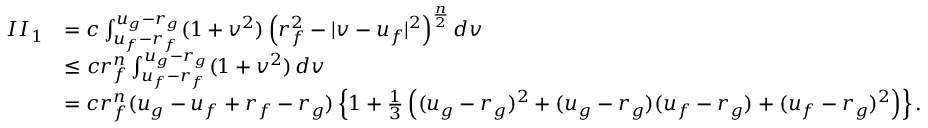
\begin{array} { r l } { I I _ { 1 } } & { = c \int _ { u _ { f } - r _ { f } } ^ { u _ { g } - r _ { g } } ( 1 + v ^ { 2 } ) \left( r _ { f } ^ { 2 } - | v - u _ { f } | ^ { 2 } \right) ^ { \frac n 2 } d v } \\ & { \le c r _ { f } ^ { n } \int _ { u _ { f } - r _ { f } } ^ { u _ { g } - r _ { g } } ( 1 + v ^ { 2 } ) \, d v } \\ & { = c r _ { f } ^ { n } ( u _ { g } - u _ { f } + r _ { f } - r _ { g } ) \left\{ 1 + \frac 1 3 \left( ( u _ { g } - r _ { g } ) ^ { 2 } + ( u _ { g } - r _ { g } ) ( u _ { f } - r _ { g } ) + ( u _ { f } - r _ { g } ) ^ { 2 } \right) \right\} . } \end{array}